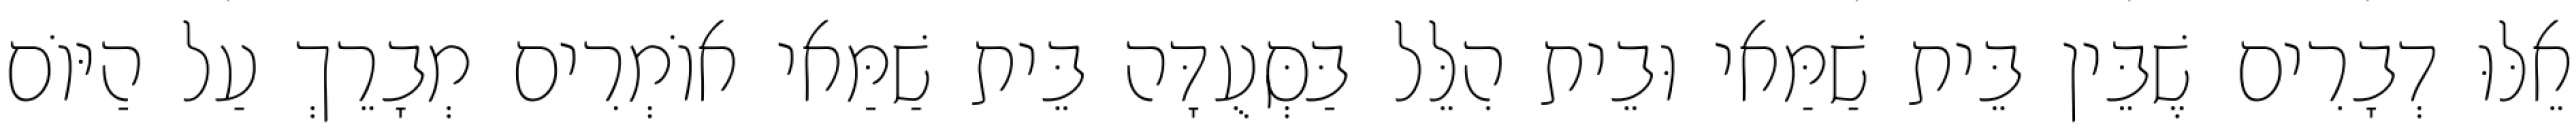
אֵלּוּ דְבָרִים שֶׁבֵּין בֵּית שַׁמַּאי וּבֵית הִלֵּל בַּסְּעֻדָּה בֵּית שַׁמַּאי אוֹמְרִים מְבָרֵךְ עַל הַיּוֹם